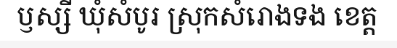
ឫស្សី ឃុំសំបូរ ស្រុកសំរោងទង ខេត្ត